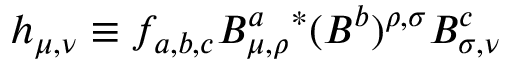
h _ { \mu , \nu } \equiv f _ { a , b , c } B _ { \mu , \rho } ^ { a } { ^ * } ( B ^ { b } ) ^ { \rho , \sigma } B _ { \sigma , \nu } ^ { c }